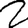
Digit: 2